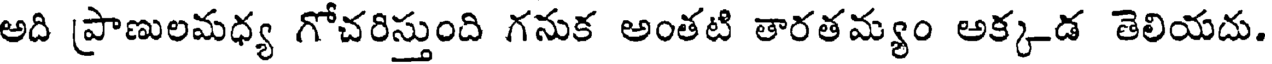
అది ప్రాణులమధ్య గోచరిస్తుంది గనుక అంతటి తారతమ్యం అక్కడ తెలియదు.